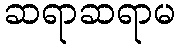
ဆရာဆရာမ